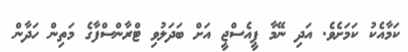
ކަމާއެކު ކަމަށެވެ. އަދި ނޭމާ ޕީއެސްޖީ އަށް ބަދަލުވި ޓްރާންސްފާގެ މަތިން ހަދާން